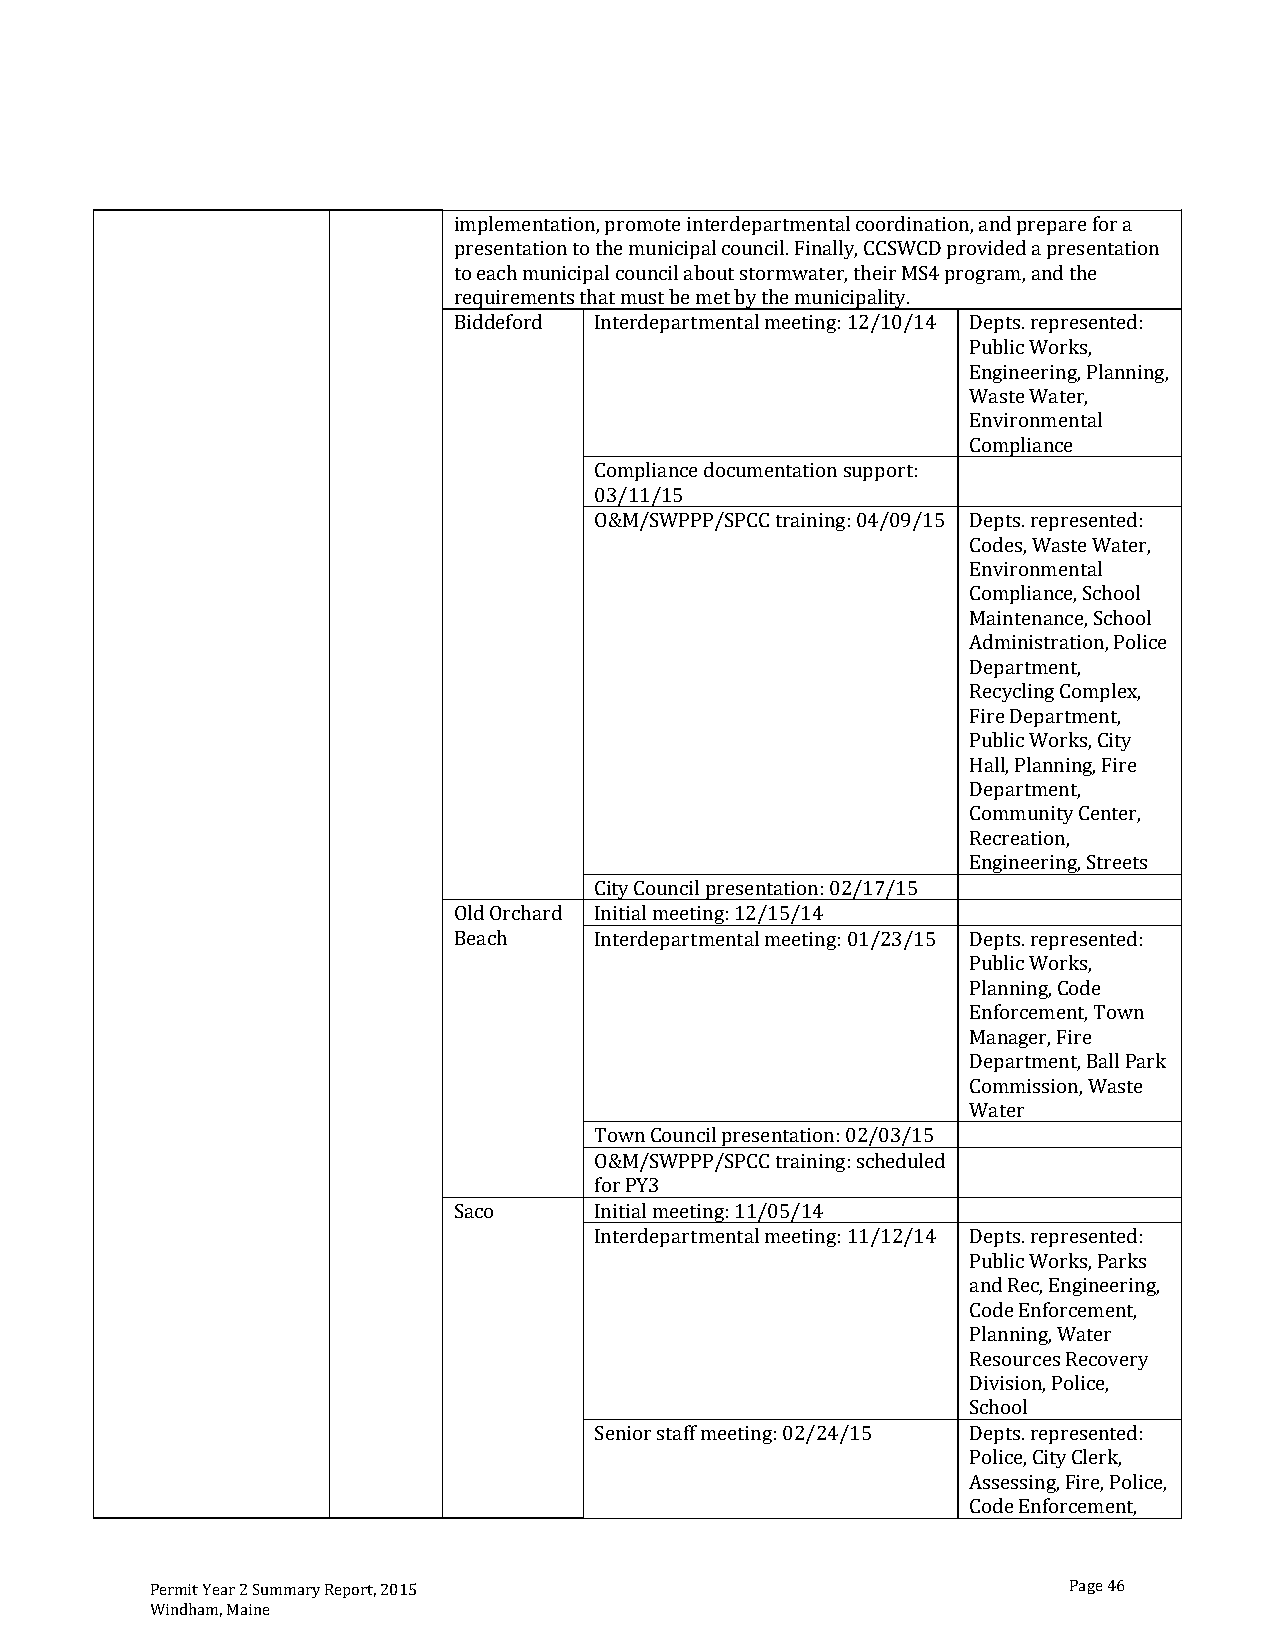
,                        ,
 .   y, CC D
 itmo plemh entation p romote intoeurtd setpoartmenta,l coord inSa4t ion andp repa ref ora
 presentationt othte munt icip alc oun cil Finall iStyW. C providedapresentation
 eac mu nicipalcouncilab rmwategr: theirM program, andthe
 requirementstha mus bemetbythemunicipal   ,
 Biddeford Interdepartmentalmeetin 12/10/14 Depts.reprge,s ented: g,
 Public Works,
 Engineerin Pl annin
 WasteWate r
 E nvironmental
 Compliance
 Compliancedocume ntations: u0p4p/o0r9t/:
 03/11/15                     ,       ,
 O&M/SWPPP/SPCCtraining 15 Depts.represen ted:
 Codes Waste Water
 Environmenta l
 Compliance,Sch, ool
 Maintenance ,School
 Administgr ation Pol ice
 Depa rtment, t,
 Recycl in Com, plteyx ,
 Fire,D epartme n
 PublicWorks Ci
 Hall Planntyin Cg,Fire
 Department ,
 Communi , enter,
 ity Council   : 0       R ecreation,
 d    d                           E ngineering Streets
 C       presen tation g:2 /17/15
 Ol Orchar Initialmeeting:12/15/14         ,
 Beach    Interdepartmentalmeetin 01/23/15 Depts.re,p resen ted:
 PublicWorks,
 Planning Code
 Enforcement Tow n
 Manager,Fir,e
 Depart ment,BallPark
 :        C ommission Waste
 : sc    W ater
 Tow nC ouncilpresentation 02/03/15
 O&M/ SWPPP/S PCCtrainin g heduled
 forPY3          g:
 Saco     Initialmeeting:11/05/14          ,
 Interdepartmentalmeetin 11/12/14 Dedp ts.re, presented:
 Publi cWorks Partk, s
 an Recg,E nginee ring,
 CodeEnfor cemen y
 Plannin Water
 Resour cesRecover
 g:            Divisio n,Police,
 School,
 Seniorstaffmeetin 02/24/15 Depts.regp, resen ted:
 Police CityClerk,t,
 Assessin Fire,Police,
 CodeEnforcemen
 Permit Year 2 Summary Report, 2015                           Page 46
 Windham, Maine